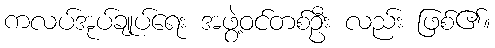
ကလပ်အုပ်ချုပ်ရေး အဖွဲ့ဝင်တစ်ဦး လည်း ဖြစ်၏။